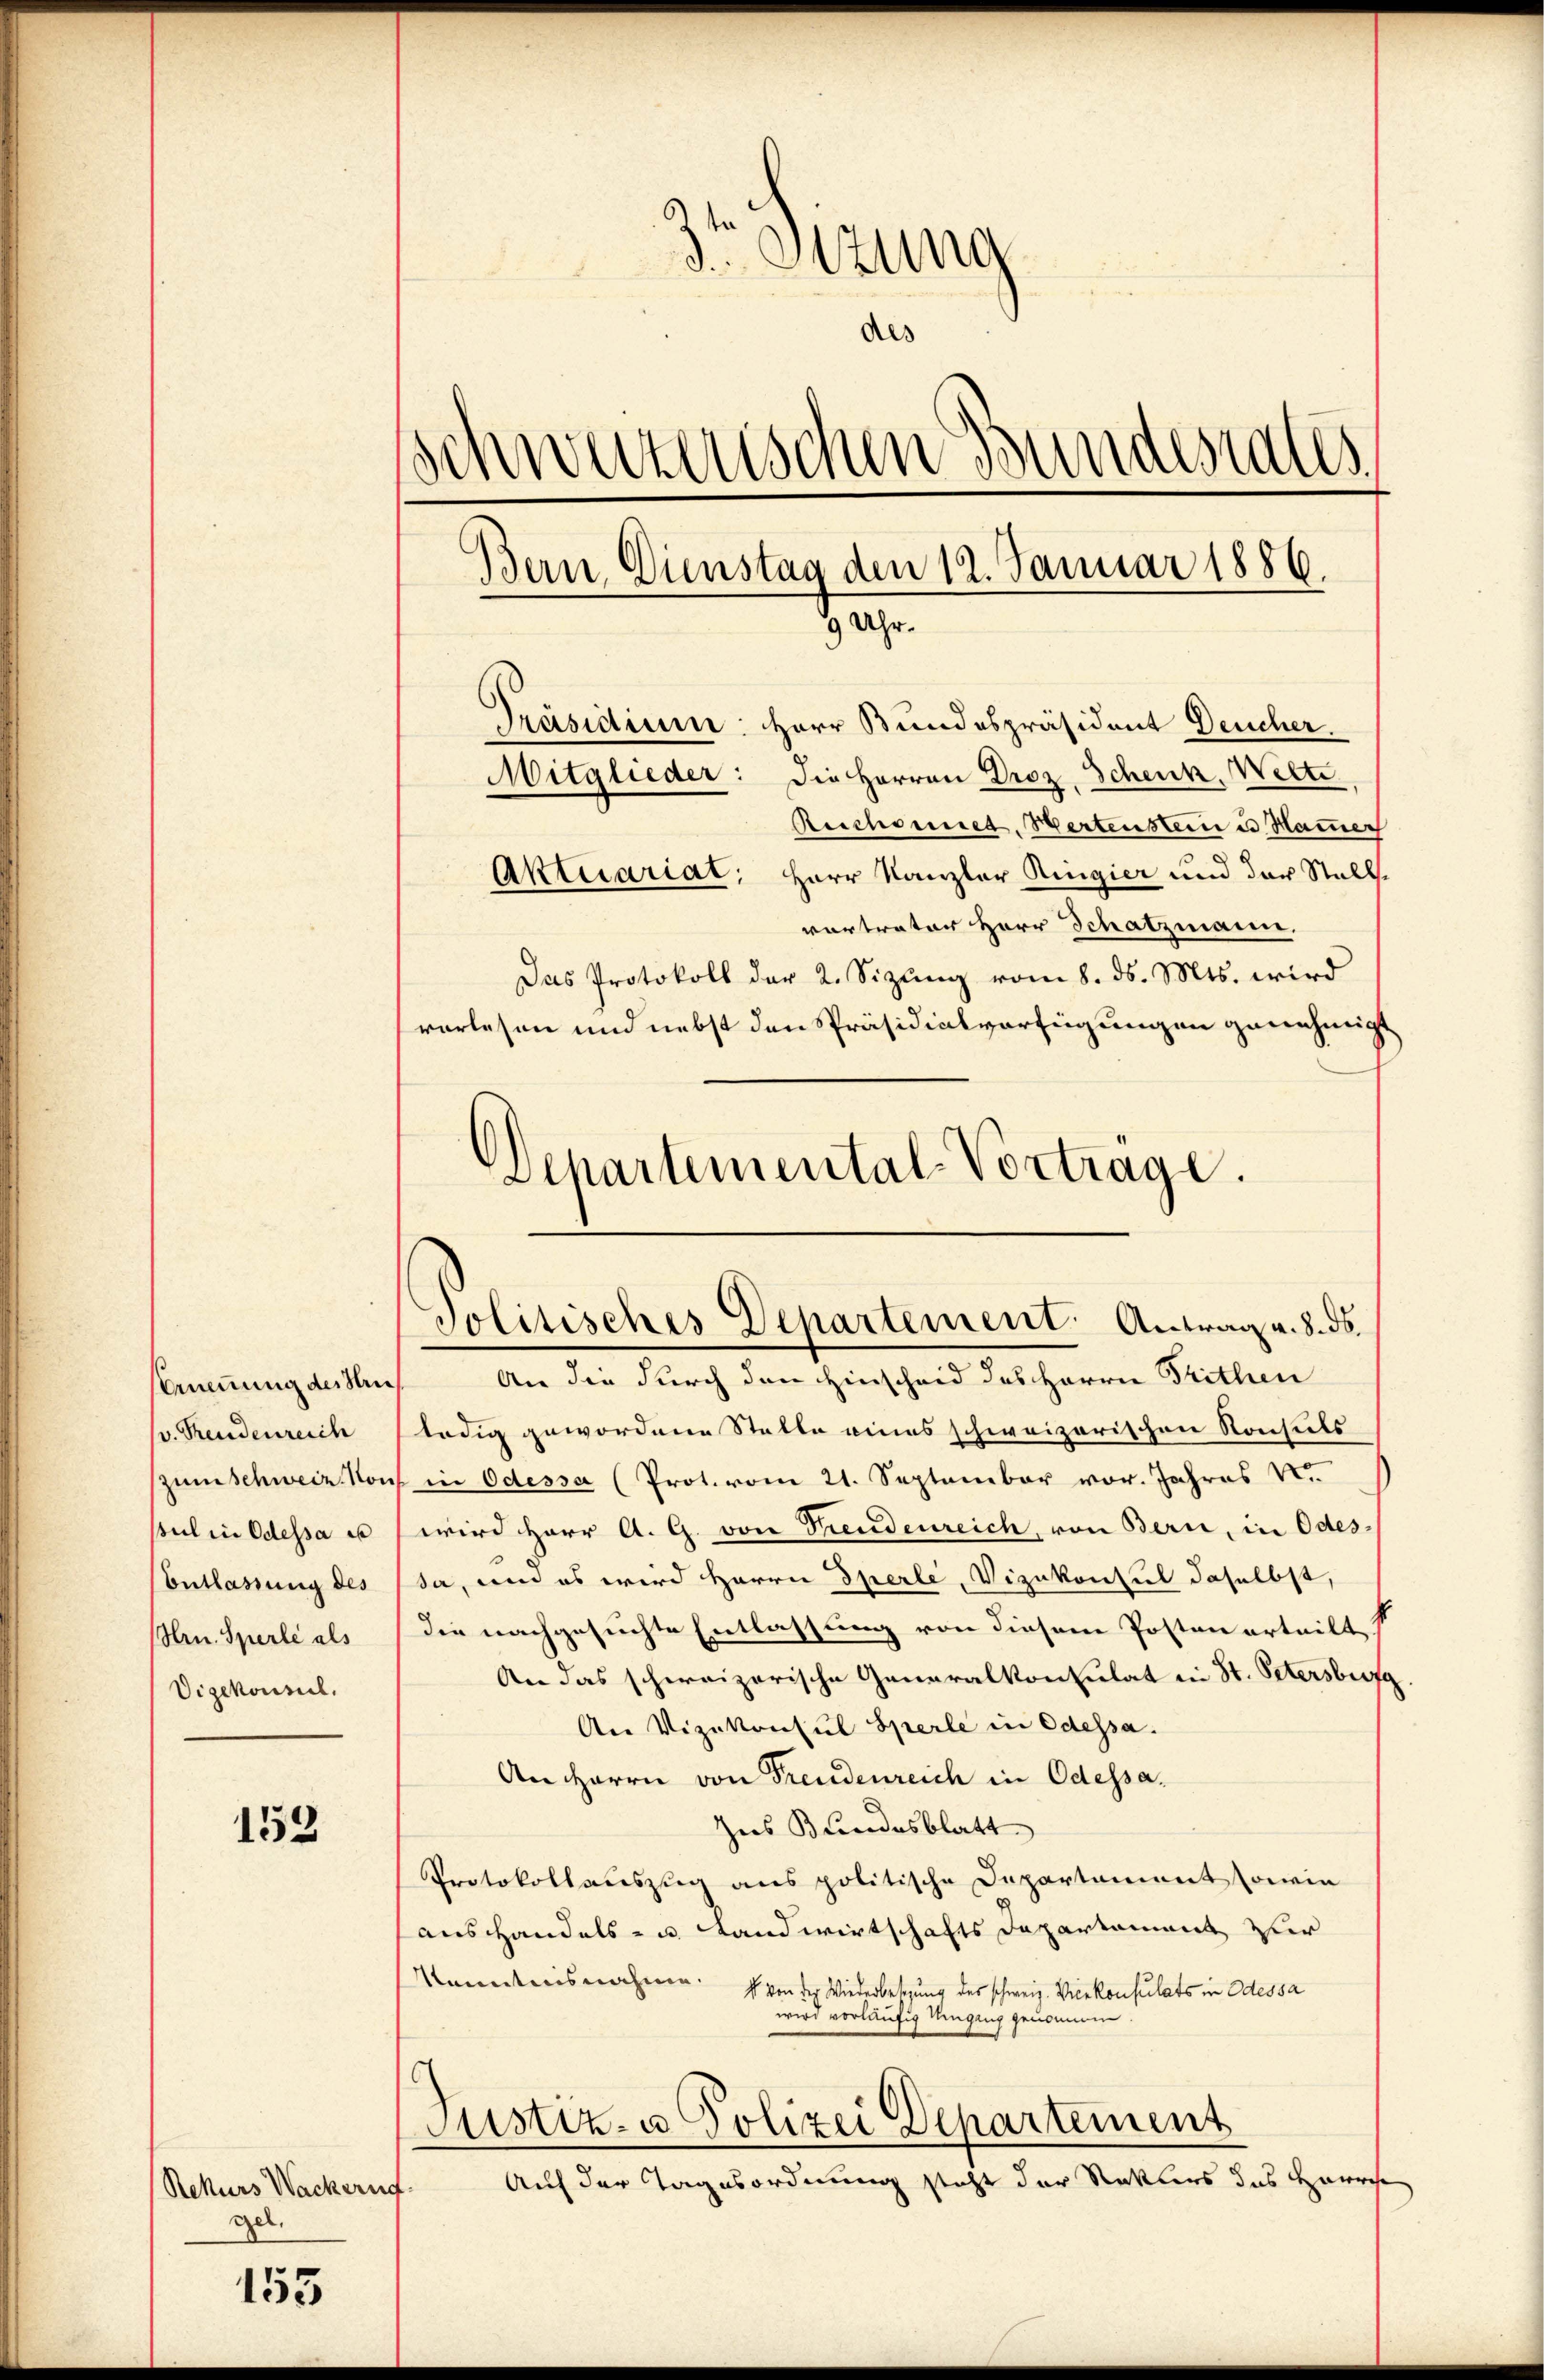
Nommnung des Hrn
(v. Tendenreich
sul in Odessa es
(Entlassung des
Hrn. Sperle als
Vizekonsil.

153

Rekurs Wackernf
ge

153

3
d. Sitzung
des
schweizerischen Bundesrates
Bern Dienstag den 12. Januar 1886.
9 Uhr.

Politisches Departement. Antrag v. 8. ds.

Präsidium. Herr Bundespräsident Deucher.
Mitglieder: Die Herren Droz. Scheuk, Welte
Beschonnet, Hertenstein u Hammer
Aktuariat, Herr Kanzler Ringier und der Stallvortrator Herr Schatzmann.
Das Protokoll der 2. Sizŭng vom 8. ds. Mts. wird
vorlesen und nebst den Präsidialverfügungen genehmigt
Departemental-Vortrage.

An die durch den Hinscheid des Herrn Prithen
ledig gewordene Statte eines schweizerischen Konsides
(zum Schweiz kons in Odessa (Prot. vom 21. September vor. Jahres v.
wird Herr A. G. von Tendenreich, von Bern, in Odes
da, und es wird Herrn Sperle, Vizekonsul daselbst,
die nachgesuchte Entlassung von diesem Posten erteilt
An das schweizerische Generalkonsulat in St. Petersburg.
An Vizekonsul Sperle in Odessa.
An Herrn von Freudenreich in Odessa.
Zus Bundesblatt
Protokollauszug aus politische Departament sowie
aushandels- u. Landwirtschafts Departament zur
Kenntnisnahme.
4 von der Wiederletzung des schweiz. Vicekonsulats in Odessa
wird vorläufig Umgang genommen
Justiz- u Polizei Departement
Auf der Tagesordnung steht der Rekurs das Zuwache